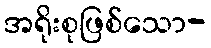
အရိုးစုဖြစ်သော-